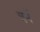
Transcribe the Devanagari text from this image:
चर्न